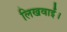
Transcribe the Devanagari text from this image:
लिखवाईं।